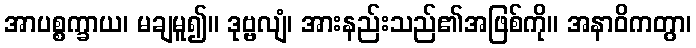
အာပစ္စက္ခာယ၊ မချမူ၍။ ဒုဗ္ဗလျံ၊ အားနည်းသည်၏အဖြစ်ကို။ အနာဝိကတွာ၊